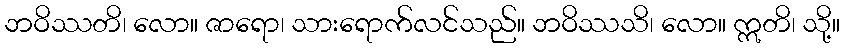
ဘဝိဿတိ၊ လော။ ဇာရော၊ သားရောက်လင်သည်။ ဘဝိဿသိ၊ လော။ ဣတိ၊ သို့။